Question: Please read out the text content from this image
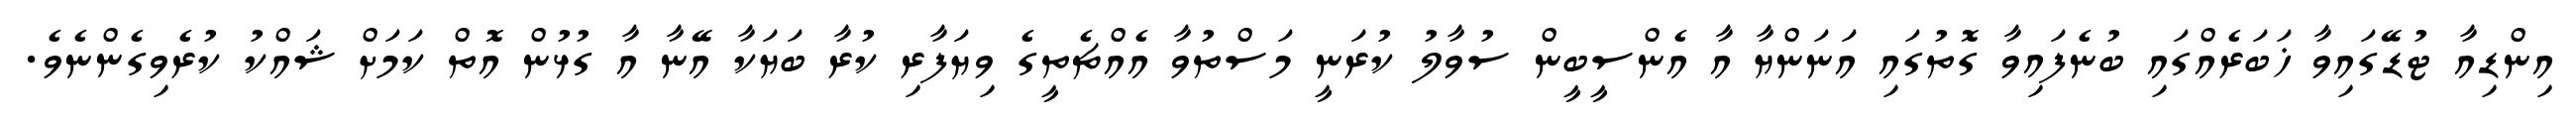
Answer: އިންޑިއާ ޓުޑޭގައިވާ ޚަބަރެއްގައި ބުނެފައިވާ ގޮތުގައި އަނަންޔާ އާ އެންސީބީން ސުވާލު ކުރަނީ މަސްތުވާ އެއްޗެތީގެ ވިޔަފާރި ކުރާ ބަޔަކާ އޭނާ އާ ގުޅުން އޮތް ކަމަށް ޝައްކު ކުރެވިގެންނެވެ.